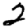
Digit: 2